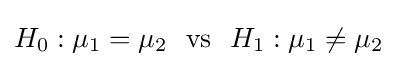
H_{0}:\mu _{1}=\mu _{2}\ \ {\text{vs}}\ \ H_{1}:\mu _{1}\neq \mu _{2}